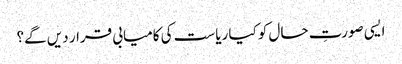
ایسی صورتِ حال کو کیا ریاست کی کامیابی قرار دیں گے؟